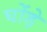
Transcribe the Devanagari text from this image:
घोंड़े